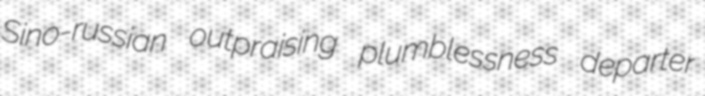
Sino-russian outpraising plumblessness departer